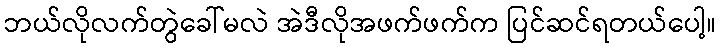
ဘယ်လိုလက်တွဲခေါ်မလဲ အဲဒီလိုအဖက်ဖက်က ပြင်ဆင်ရတယ်ပေါ့။